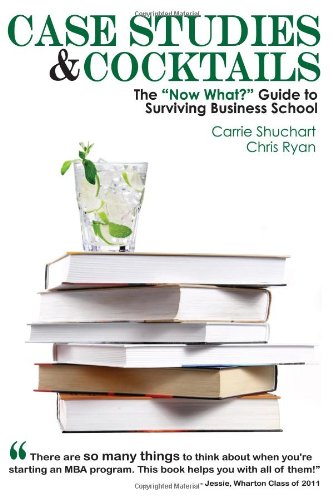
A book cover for Case Studies & Cocktails: The "Now What?" Guide to Surviving Business School; Carrie Shuchart; Education & Teaching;